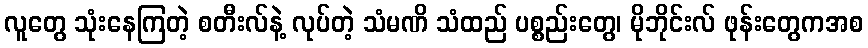
လူတွေ သုံးနေကြတဲ့ စတီးလ်နဲ့ လုပ်တဲ့ သံမဏိ သံထည် ပစ္စည်းတွေ၊ မိုဘိုင်းလ် ဖုန်းတွေကအစ